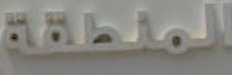
المنطقة